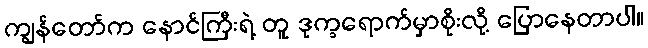
ကျွန်တော်က နောင်ကြီးရဲ့ တူ ဒုက္ခရောက်မှာစိုးလို့ ပြောနေတာပါ။